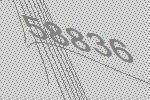
58836